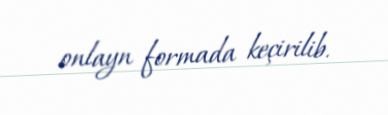
onlayn formada keçirilib.